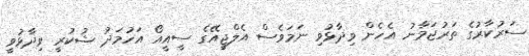
ސަރުކާރުގެ ތަރުޖަމާނު އެހެން ވިދާޅުވި ނަމަވެސް އެލްޖީއޭގެ ސީއީއޯ އަހުމަދު ޝުކުރީ ވިދާޅުވީ